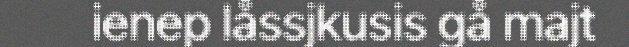
ienep låssjkusis gå majt